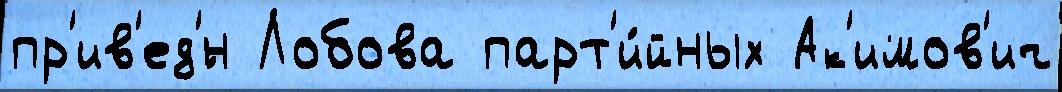
пр'ив'ед'́н Лобова парт'и́йных Ак'имов'ич